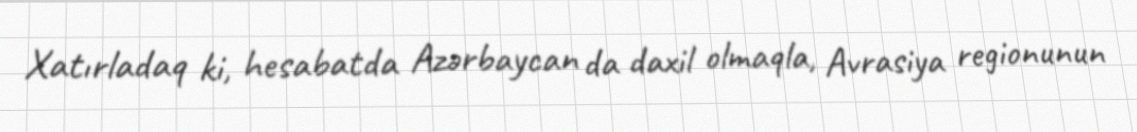
Xatırladaq ki, hesabatda Azərbaycan da daxil olmaqla, Avrasiya regionunun